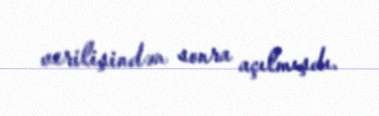
verilişindən sonra açılmışdı.